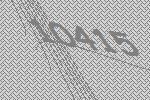
10415